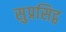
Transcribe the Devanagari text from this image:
सुप्रसिद्व